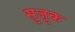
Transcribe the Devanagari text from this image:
सुजुक